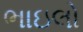
ભાઇલો